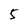
Character: 5